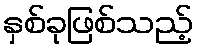
နှစ်ခုဖြစ်သည့်